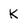
Character: K